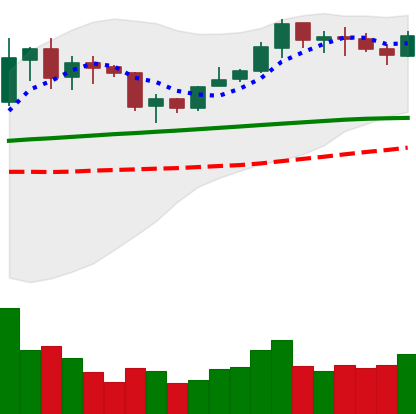
Ticker: LINK-USD
Chart end date: 2020-02-05
Forward return: 19.885%
Label: up_7plus